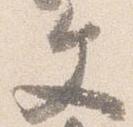
文